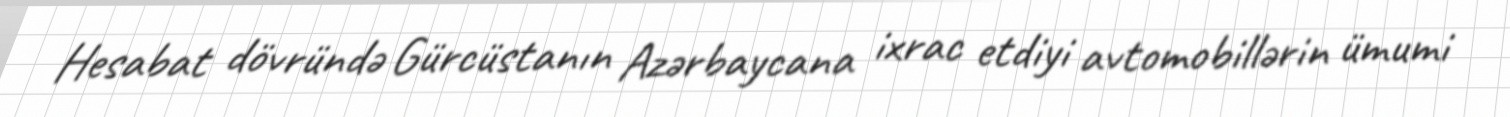
Hesabat dövründə Gürcüstanın Azərbaycana ixrac etdiyi avtomobillərin ümumi